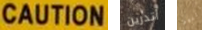
CAUTION أتدرين اليوم